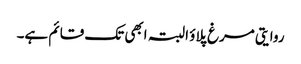
روایتی مرغ پلاؤ البتہ ابھی تک قائم ہے۔